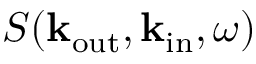
S ( { \bf k } _ { \mathrm { o u t } } , { \bf k } _ { \mathrm { i n } } , \omega )